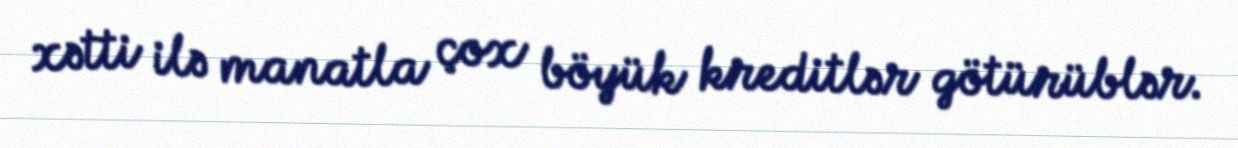
xətti ilə manatla çox böyük kreditlər götürüblər.